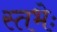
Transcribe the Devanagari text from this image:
स्तभेः